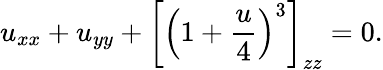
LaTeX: u_{xx}+u_{yy}+\left[\left(1+{\frac{u}{4}}\right)^{3}\right]_{zz}=0.